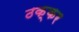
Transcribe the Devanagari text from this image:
ठक्‍कर